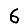
Digit: 6